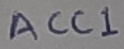
Text: ACC1